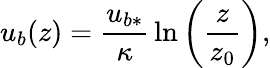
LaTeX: u_{b}(z)=\frac{u_{b*}}{\kappa}\, \ln\left(\frac{z}{z_{0}}\right),